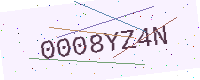
Text: 0008YZ4N